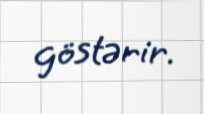
göstərir.